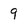
Character: 9